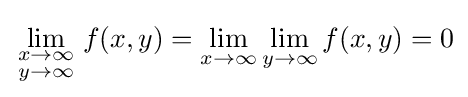
\lim _{\begin{smallmatrix}x\to \infty \\y\to \infty \end{smallmatrix}}f(x,y)=\lim _{x\to \infty }\lim _{y\to \infty }f(x,y)=0